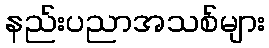
နည်းပညာအသစ်များ